Annual administration and progress report of the Indian Medical Department, Bombay
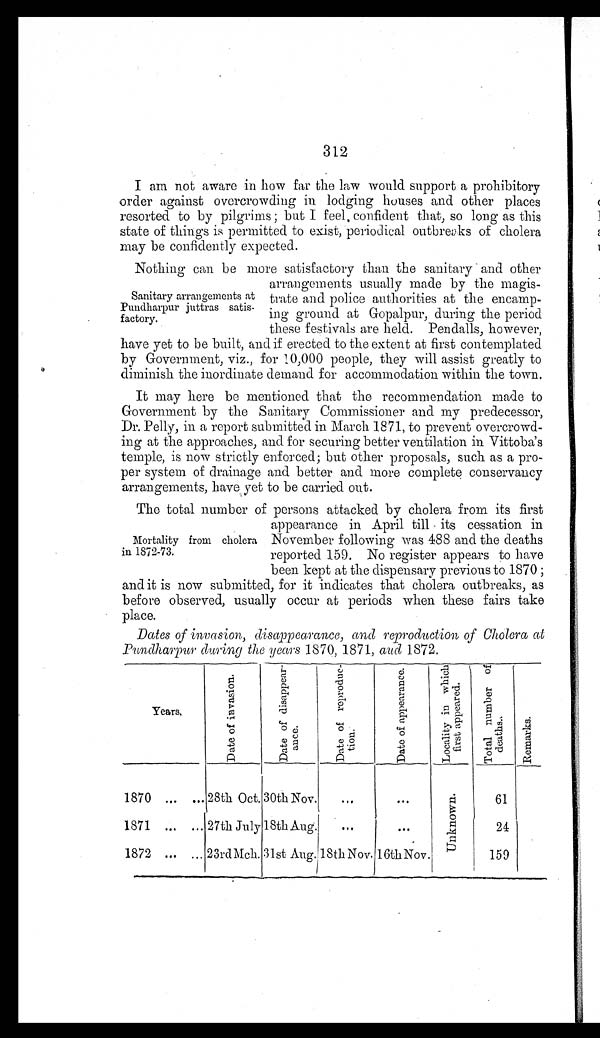
312
I am not aware in how far the law would support a prohibitory
order against overcrowding in lodging houses and other places
resorted to by pilgrims ; but I feel, confident that, so long as this
state of things is permitted to exist, periodical outbreaks of cholera
may be confidently expected.
Nothing can be more satisfactory than the sanitary and other
arrangements usually made by the magis-
Sanitary arrangements at trate and police authorities at the encamp-
Pundharpur juttras satis-
factory.
these festivals are held. Pendalls, however,
have yet to be built, and if erected to the extent at first contemplated
by Government, viz., for 10,000 people, they will assist greatly to
diminish the inordinate demand for accommodation within the town.
It may here be mentioned that the recommendation made to
Government by the Sanitary Commissioner and my predecessor,
Dr. Pelly, in a report submitted in March 1871, to prevent overcrowd-
ing at the approaches, and for securing better ventilation in Vittoba's
temple, is now strictly enforced; but other proposals, such as a pro--
per system of drainage and better and more complete conservancy
arrangements, have yet to be carried out.
The total number of persons attacked by cholera from its first
appearance in April till its cessation in
Mortality from cholera November following was 488 and the deaths
in 1872-73.
reported 159. No register appears to have
been kept at the dispensary previous to 1870 ;
and it is now submitted, for it indicates that cholera outbreaks, as
before observed, usually occur at periods when these fairs take
place.
Dates of invasion, disappearance, and reproduction of Cholera at
Pundharpur during the years 1870, 1871, aud 1872.
Years.
D a t e o f
i n v a s i o n
D a t e
o f
d i s a p p e a r - a n c e .
D a t e o f
r e p r o d u c -
t i o n .
D a t e
o f a p p e a r a n c e .
L o c a l i t y i n w h i c h f i r s t
a p p e a r e d .
T o t a l
_
n u m b e r o f
d e a t h s .
R e m a r k s .
1870 ... ... 28th Oct. 30th Nov.
. . .
.
. .
U n k n o w n .
61
1871 ... ... 27th July 18th Aug.
...
. . .
24
1872 ... ... 23rd Mch. 31st Aug. 18th Nov. 16th Nov.
159